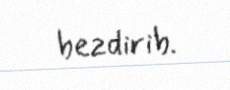
bezdirib.